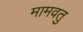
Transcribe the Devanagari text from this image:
मामवतु